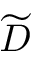
\widetilde { D }